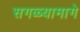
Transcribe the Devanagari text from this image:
सगळ्यामागे